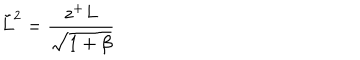
LaTeX: \tilde { L } ^ { 2 } = \frac { z ^ { + } L } { \sqrt { 1 + \beta } }